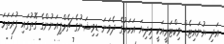
އަދި ޔުނައިޓެޑް ވިކްޓަރީއަކީ މިދިޔަ އަހަރުގެ ދެވަނަ ޑިވިޝަނުގެ ޗެމްޕިއަނުންގެ ގޮތުގައި ފުރަތަމަ